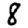
Digit: 8